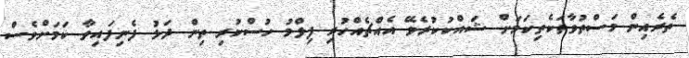
ތެރެއިން މަސްތުވާތަކެތިކަމަށް ޝައްކުކުރެވޭ އެއްޗެއްހުރި ފިލްމު ހުސްކުރި ތިން ދަޅު ފެނިފައިވާ ކަމަށްވެސް